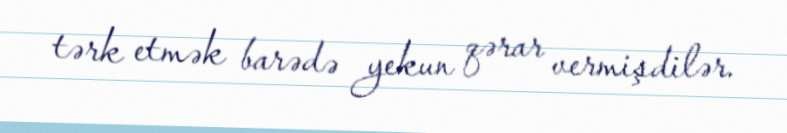
tərk etmək barədə yekun qərar vermişdilər.